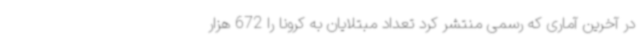
در آخرین آماری که رسمی منتشر کرد تعداد مبتلایان به کرونا را 672 هزار